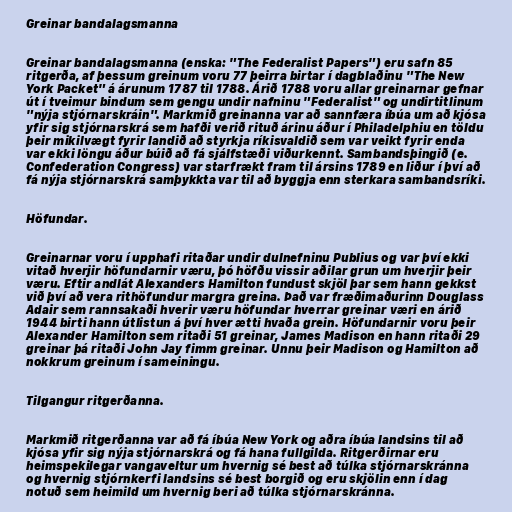
Greinar bandalagsmanna

Greinar bandalagsmanna (enska: "The Federalist Papers") eru safn 85
ritgerða, af þessum greinum voru 77 þeirra birtar í dagblaðinu "The New
York Packet" á árunum 1787 til 1788. Árið 1788 voru allar greinarnar gefnar
út í tveimur bindum sem gengu undir nafninu "Federalist" og undirtitlinum
"nýja stjórnarskráin". Markmið greinanna var að sannfæra íbúa um að kjósa
yfir sig stjórnarskrá sem hafði verið rituð árinu áður í Philadelphiu en töldu
þeir mikilvægt fyrir landið að styrkja ríkisvaldið sem var veikt fyrir enda
var ekki löngu áður búið að fá sjálfstæði viðurkennt. Sambandsþingið (e.
Confederation Congress) var starfrækt fram til ársins 1789 en liður í því að
fá nýja stjórnarskrá samþykkta var til að byggja enn sterkara sambandsríki.

Höfundar.

Greinarnar voru í upphafi ritaðar undir dulnefninu Publius og var því ekki
vitað hverjir höfundarnir væru, þó höfðu vissir aðilar grun um hverjir þeir
væru. Eftir andlát Alexanders Hamilton fundust skjöl þar sem hann gekkst
við því að vera rithöfundur margra greina. Það var fræðimaðurinn Douglass
Adair sem rannsakaði hverir væru höfundar hverrar greinar væri en árið
1944 birti hann útlistun á því hver ætti hvaða grein. Höfundarnir voru þeir
Alexander Hamilton sem ritaði 51 greinar, James Madison en hann ritaði 29
greinar þá ritaði John Jay fimm greinar. Unnu þeir Madison og Hamilton að
nokkrum greinum í sameiningu.

Tilgangur ritgerðanna.

Markmið ritgerðanna var að fá íbúa New York og aðra íbúa landsins til að
kjósa yfir sig nýja stjórnarskrá og fá hana fullgilda. Ritgerðirnar eru
heimspekilegar vangaveltur um hvernig sé best að túlka stjórnarskránna
og hvernig stjórnkerfi landsins sé best borgið og eru skjölin enn í dag
notuð sem heimild um hvernig beri að túlka stjórnarskránna.